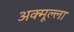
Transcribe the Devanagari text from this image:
अक्मूल्ला